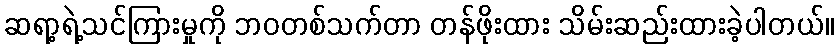
ဆရာ့ရဲ့သင်ကြားမှုကို ဘဝတစ်သက်တာ တန်ဖိုးထား သိမ်းဆည်းထားခဲ့ပါတယ်။